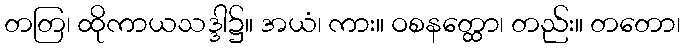
တတြ၊ ထိုကာယသဒ္ဒါ၌။ အယံ၊ ကား။ ဝစနတ္ထော၊ တည်း။ တတော၊